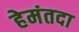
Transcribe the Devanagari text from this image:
हेमंतदा